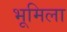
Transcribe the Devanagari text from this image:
भूमिला